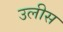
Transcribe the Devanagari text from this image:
उलीस